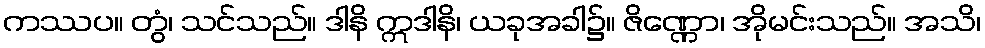
ကဿပ။ တွံ၊ သင်သည်။ ဒါနိ ဣဒါနိ၊ ယခုအခါ၌။ ဇိဏ္ဏော၊ အိုမင်းသည်။ အသိ၊